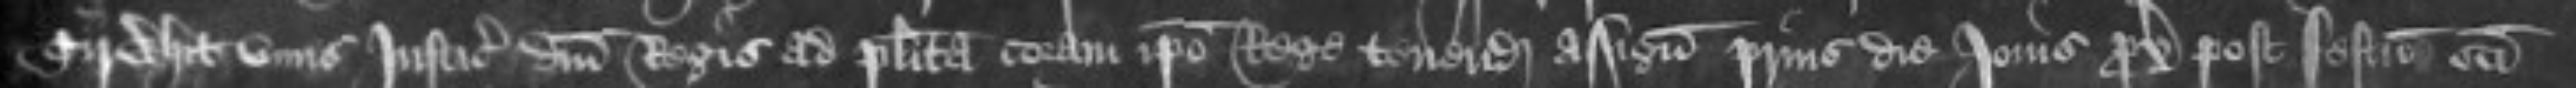
Tirwhit unus Justiciariorum domini Regis ad placita coram ipso Rege tenenda assignatus prius die Jovis proximo post festum sancti